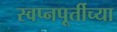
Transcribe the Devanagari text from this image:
स्वप्नपूर्तीच्या